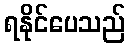
ရနိုင်ပေသည်